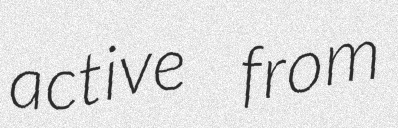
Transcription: active from